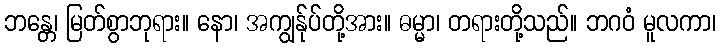
ဘန္တေ၊ မြတ်စွာဘုရား။ နော၊ အကျွန်ုပ်တို့အား။ ဓမ္မာ၊ တရားတို့သည်။ ဘဂဝံ မူလကာ၊